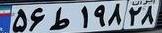
۵۶ط۱۹۸۲۸